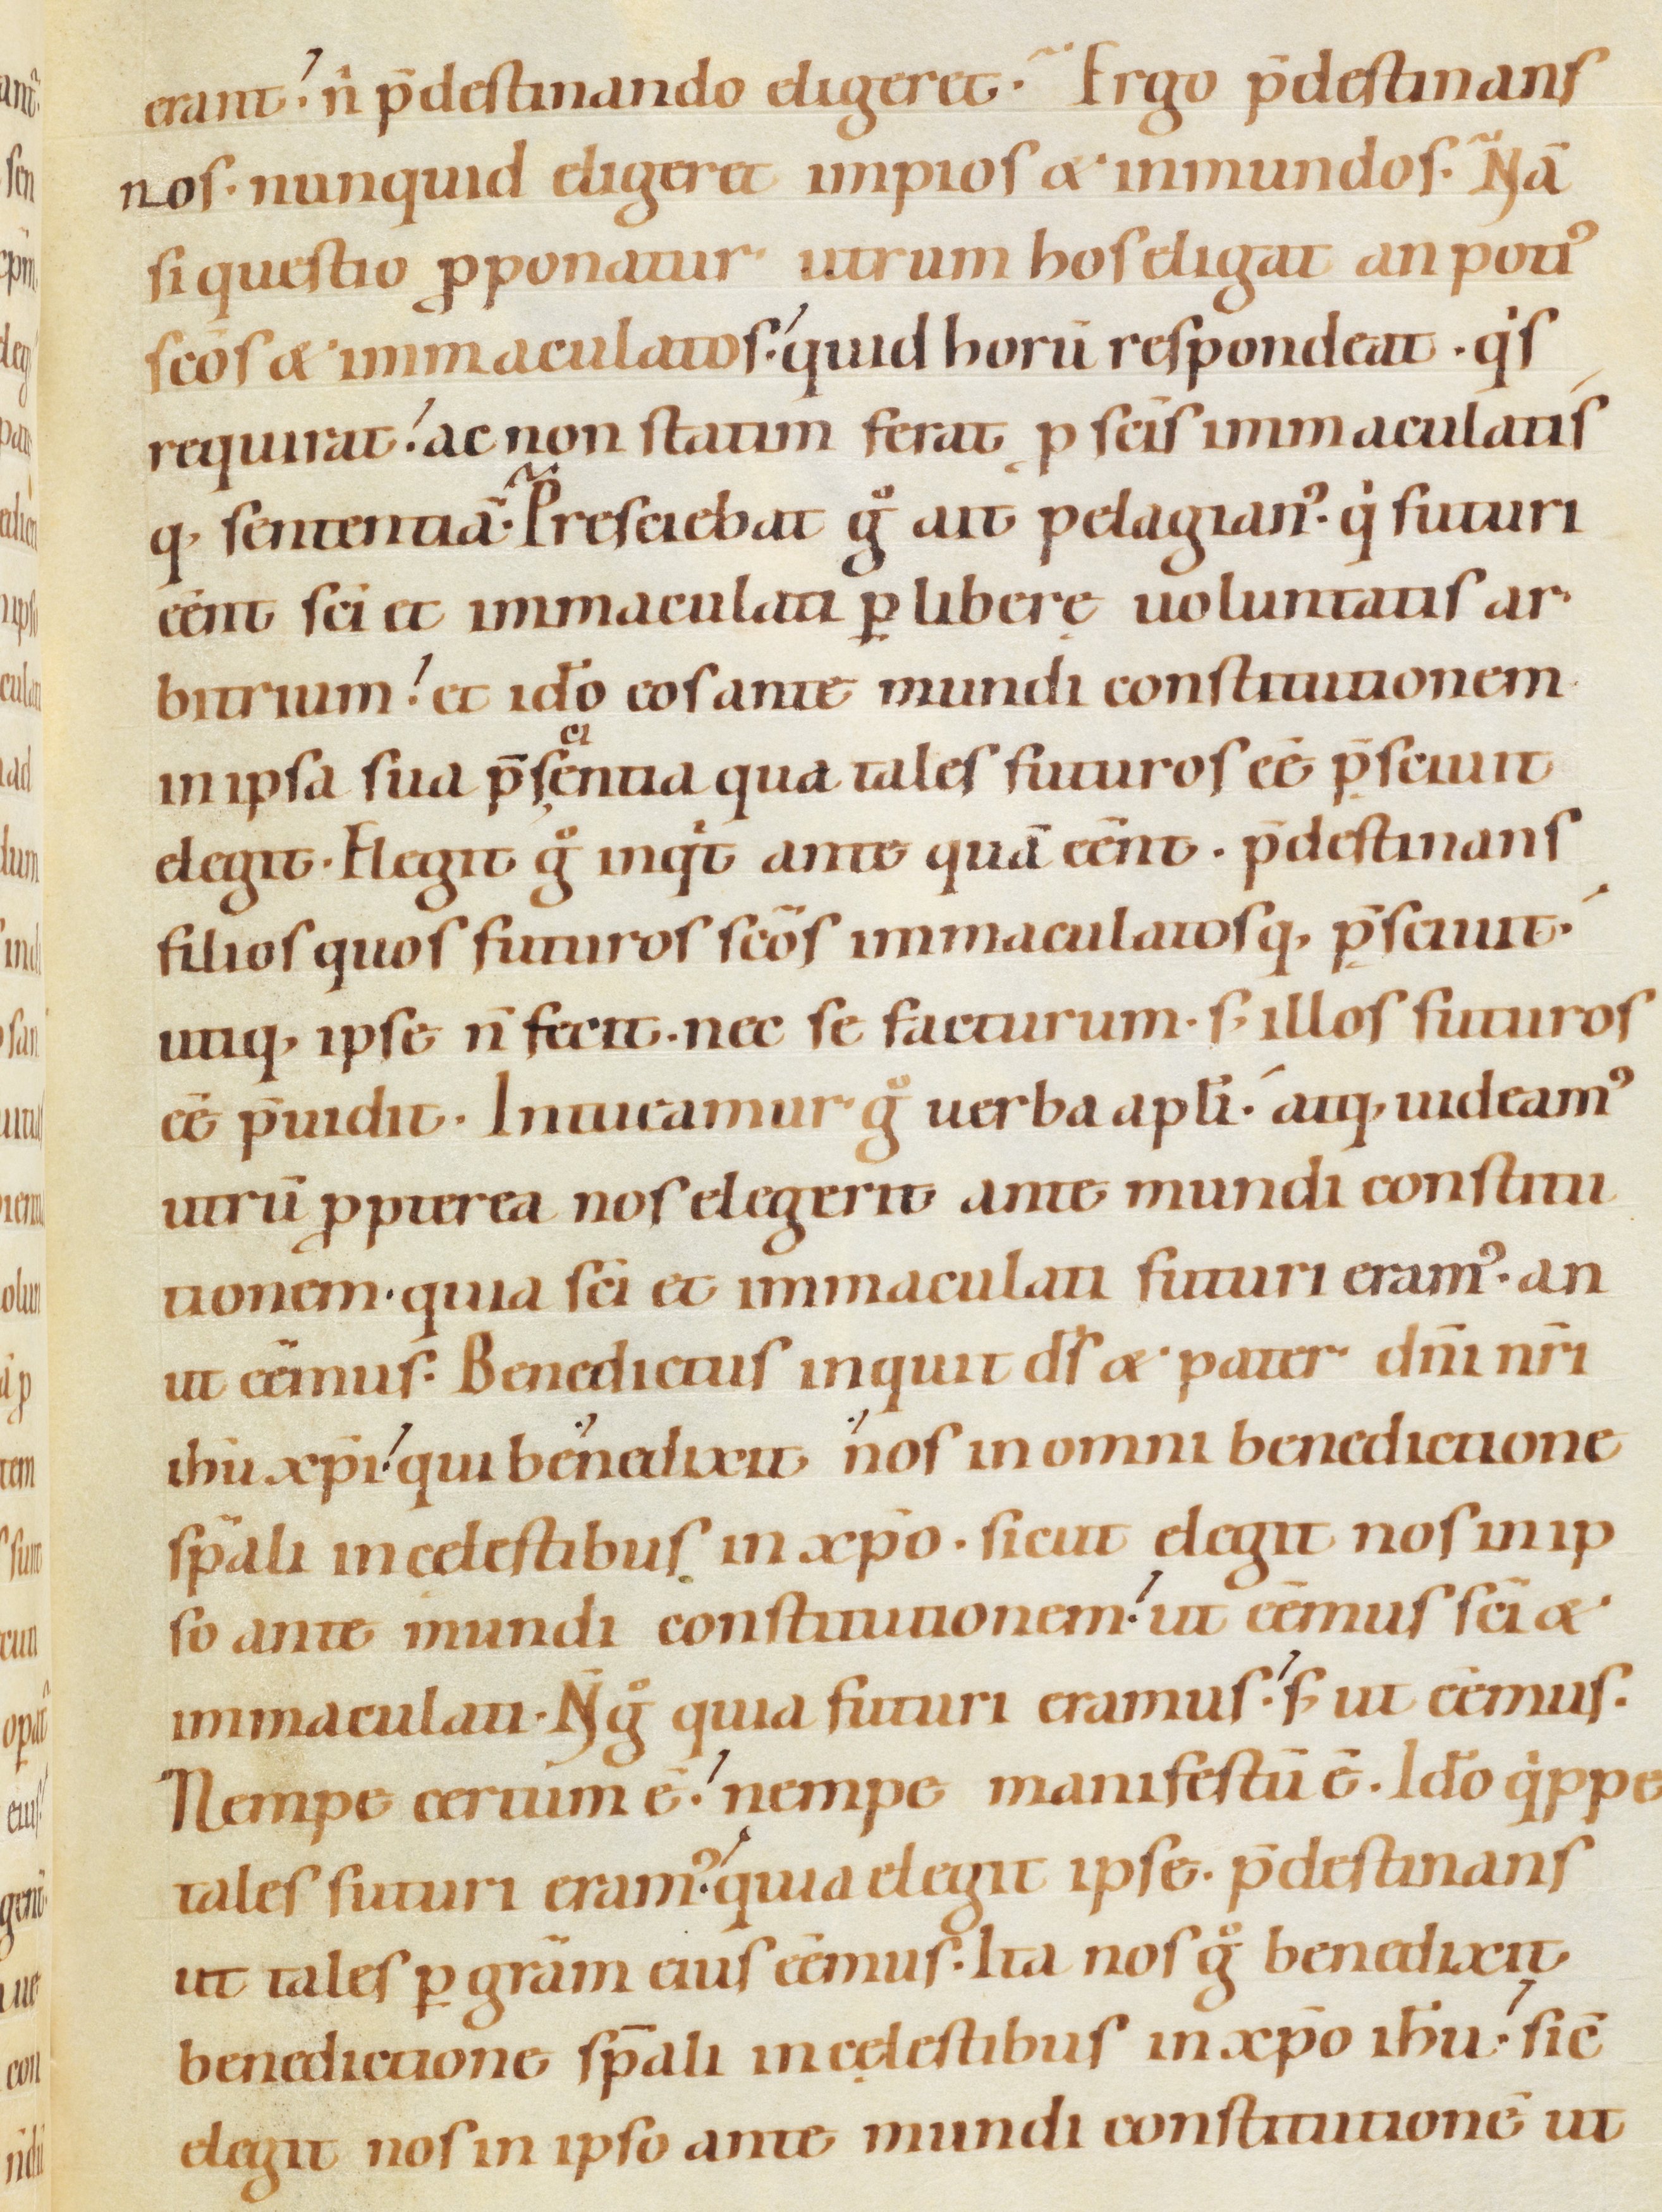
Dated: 1080–1096